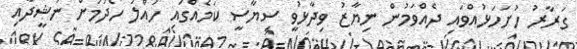
ގަރާރު ހުށަހަޅުއްވައި ދެއްވަމުން ނިޔާޒު ވިދާޅުވީ ސިޔާސީ ކަމެއްގައި ހައްލު ހޯދުމަށް ނަޝީދާއި